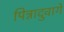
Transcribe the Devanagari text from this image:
पिन्नादुवागे